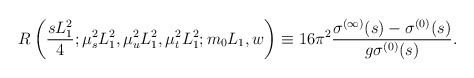
\begin{align*}R\left(\frac{sL_{1}^2}{4};\mu_{s}^{2}L_{1}^{2},\mu_{u}^{2}L_{1}^{2},\mu_{t}^{2}L_{1}^{2}; m_{0}L_{1},w \right)\equiv 16 \pi^{2} \frac{\sigma^{(\infty)}(s) - \sigma^{(0)}(s)}{ g\sigma^{(0)}(s)} . \end{align*}